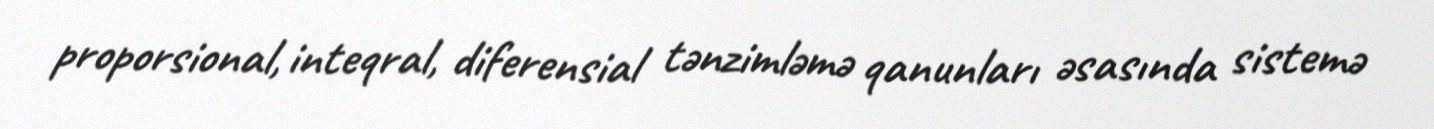
proporsional, inteqral, diferensial tənzimləmə qanunları əsasında sistemə